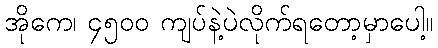
အိုကေ၊ ၄၅၀၀ ကျပ်နဲ့ပဲလိုက်ရတော့မှာပေါ့။